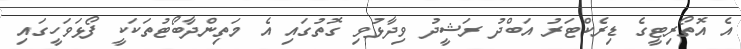
އެ އޮތޯރިޓީގެ ޑިރެކްޓަރު އަބްދު ރަޝީދު ވިދާޅުވި ގޮތުގައި އެ މަތިންދާބޯޓުތަކަކީ ފޯޅަވަހީގައި